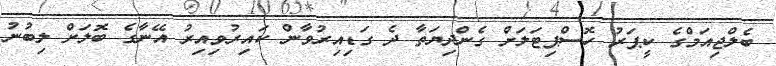
ބެލްޖިއަމްގެ ކީޕަރު ހޮސްޕިޓަލަށް ގެންދިޔަތާ ދެ ގަޑިއިރުވާން ކައިރުވިއިރު އޭނާގެ ބޮލަށް ލިބުނު